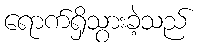
ရောက်ရှိသွားခဲ့သည်